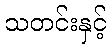
သတင်းနှင့်